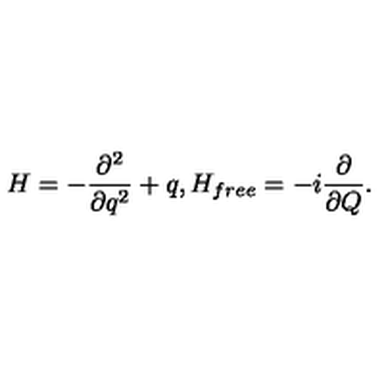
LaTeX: H = - { \frac { \partial ^ { 2 } } { \partial q ^ { 2 } } } + q , H _ { f r e e } = - i { \frac \partial { \partial Q } } .